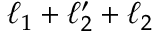
\ell _ { 1 } + \ell _ { 2 } ^ { \prime } + \ell _ { 2 }